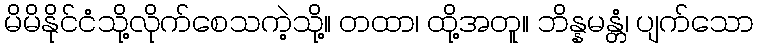
မိမိနိုင်ငံသို့လိုက်စေသကဲ့သို့။ တထာ၊ ထို့အတူ။ ဘိန္နမန္တံ၊ ပျက်သော